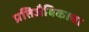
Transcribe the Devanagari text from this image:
प्रतिजैविकाचा